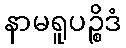
နာမရူပဉ္စိဒံ